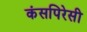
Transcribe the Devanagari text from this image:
कंसपिरेसी